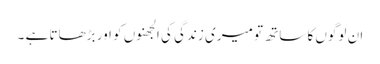
ان لوگوں کا ساتھ تو میری زندگی کی الجھنوں کو اور بڑھاتا ہے ۔